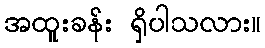
အထူးခန်း ရှိပါသလား။